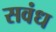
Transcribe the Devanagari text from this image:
सवंध